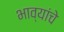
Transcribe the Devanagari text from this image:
भाव्यांचे